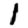
Digit: 1